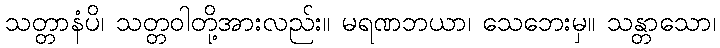
သတ္တာနံပိ၊ သတ္တဝါတို့အားလည်း။ မရဏဘယာ၊ သေဘေးမှ။ သန္တာသော၊